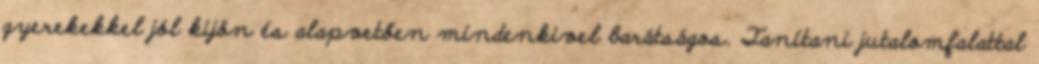
gyerekekkel jól kijön és alapvetően mindenkivel barátságos. Tanítani jutalomfalattal